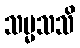
သမ္မသသိ